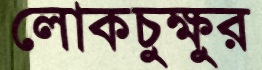
লোকচুক্ষুর